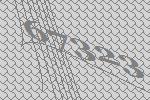
67323